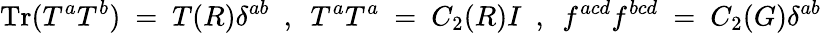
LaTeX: \mathrm{Tr}(T^{a}T^{b})~=~T(R)\delta^{ab}~~,~~T^{a}T^{a}~=~C_{2}(R)I~~,~~f^{acd}f^{bcd}~=~C_{2}(G)\delta^{ab}